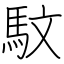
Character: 馼